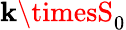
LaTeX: \mathbf{k}\timesS_{0}